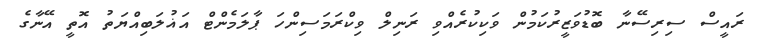
ރައީސް ސިރިސޭނާ ބޮޑުވަޒީރުކަމުން ވަކިކުރެއްވި ރަނިލް ވިކްރަމަސިންހަ ޕާލަމެންޓް އަޣުލަބިއްޔަތު އޮތީ އޭނާގެ